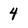
Character: 4